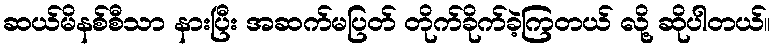
ဆယ်မိနစ်စီသာ နားပြီး အဆက်မပြတ် တိုက်ခိုက်ခဲ့ကြတယ် လို့ ဆိုပါတယ်။